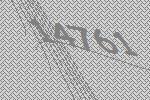
14761